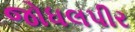
જોધલપીર